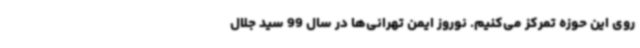
روی این حوزه تمرکز می‌کنیم. نوروز ایمن تهرانی‌ها در سال 99 سید جلال